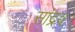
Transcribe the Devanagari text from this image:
सांद्रव